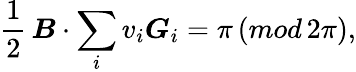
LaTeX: \frac{1}{2}\, \boldsymbol{B}\cdot\sum_{i}v_{i}\boldsymbol{G}_{i}=\pi\, (mod\, 2\pi),